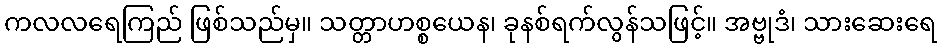
ကလလရေကြည် ဖြစ်သည်မှ။ သတ္တာဟစ္စယေန၊ ခုနစ်ရက်လွန်သဖြင့်။ အဗ္ဗုဒံ၊ သားဆေးရေ